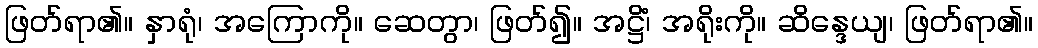
ဖြတ်ရာ၏။ နှာရုံ၊ အကြောကို။ ဆေတွာ၊ ဖြတ်၍။ အဋ္ဌိံ၊ အရိုးကို။ ဆိန္ဒေယျ၊ ဖြတ်ရာ၏။